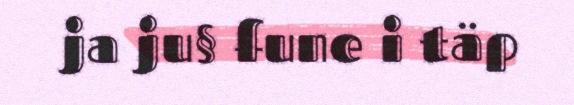
ja ju§ fune i täp